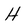
Character: H